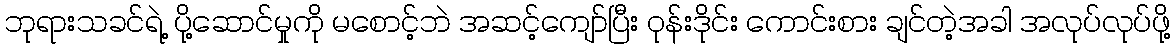
ဘုရားသခင်ရဲ့ ပို့ဆောင်မှုကို မစောင့်ဘဲ အဆင့်ကျော်ပြီး ၀ုန်းဒိုင်း ကောင်းစား ချင်တဲ့အခါ အလုပ်လုပ်ဖို့